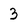
Character: 3